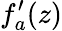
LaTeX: f_{a}^{\prime}(z)